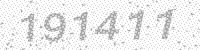
Solution: 191411